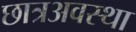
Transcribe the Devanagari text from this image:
छात्रअवस्था